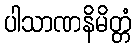
ပါသာဏနိမိတ္တံ